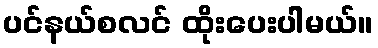
ပင်နယ်စလင် ထိုးပေးပါမယ်။